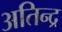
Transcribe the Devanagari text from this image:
अतिन्द्र